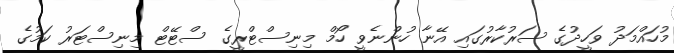
މުހައްމަދު ވަހީދުގެ ސަރުކާރުގައި އޭނާ ހުންނެވީ ހޯމް މިނިސްޓްރީގެ ސްޓޭޓް މިނިސްޓަރު ކަމުގެ